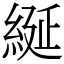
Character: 綖